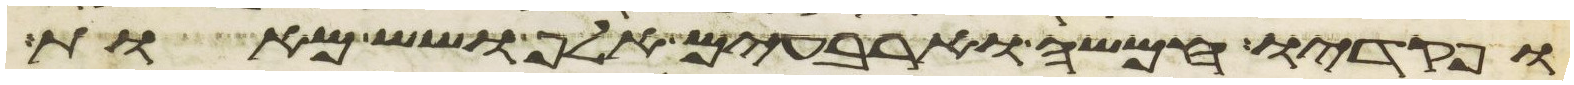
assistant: ופקדיו חמשה וארבעים אלף ושש מאות